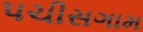
પચીસગામ